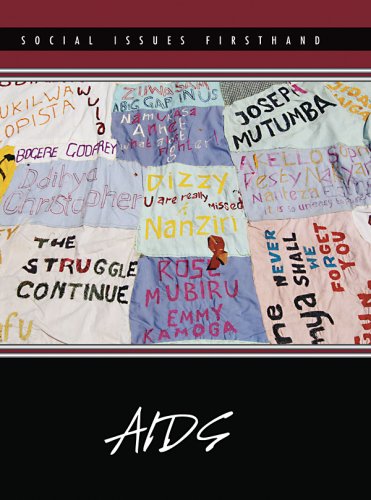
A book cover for AIDS (Social Issues Firsthand); Stefan Kiesbye; Teen & Young Adult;